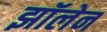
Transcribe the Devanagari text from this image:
झॉलेन